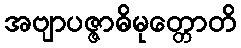
အဗျာပဇ္ဇာဓိမုတ္တောတိ